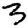
Digit: 3